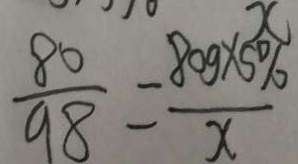
\frac { 8 0 } { 9 8 } = \frac { 8 0 9 \times 5 \% } { x }